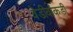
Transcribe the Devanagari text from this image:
वेडीवांकडी